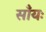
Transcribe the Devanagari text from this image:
साँयः